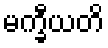
မက္ခီယတိ